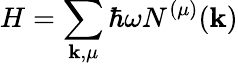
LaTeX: H=\sum_{\mathbf{k},\mu}\hbar\omega N^{(\mu)}(\mathbf{k})